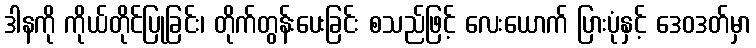
ဒါနကို ကိုယ်တိုင်ပြုခြင်း၊ တိုက်တွန်းပေးခြင်း စသည်ဖြင့် လေးယောက် ပြားပုံနှင့် ဒေဝဒတ်မှာ